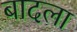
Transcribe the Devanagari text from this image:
बादला